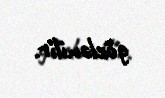
gözlənilir.